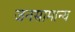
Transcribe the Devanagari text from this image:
जनसामान्‍य